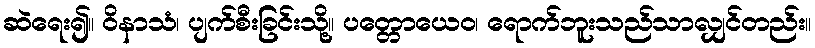
ဆဲရေး၍။ ဝိနာသံ၊ ပျက်စီးခြင်းသို့။ ပတ္တောယေဝ၊ ရောက်ဘူးသည်သာလျှင်တည်း။